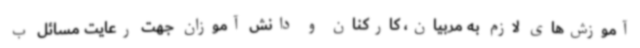
آموزش‌های لازم به مربیان، کارکنان و دانش آموزان جهت رعایت مسائل ب